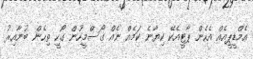
އެމްޑީޕީއެއް އެހެން ޕާޓީއެކޭ ކިޔާނެ ކަމެއް ނެއް ގޯސްމީހުން ގޯހީ ތިހެން ބުނާއިރު